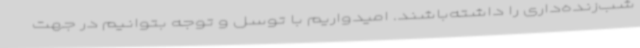
شب‌زنده‌داری را داشته‌باشند. امیدواریم با توسل و توجه بتوانیم در جهت